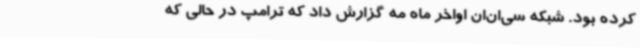
کرده بود. شبکه سی‌ان‌ان اواخر ماه مه گزارش داد که ترامپ در حالی که